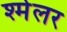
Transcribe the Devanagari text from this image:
श्मेलर